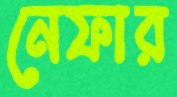
নেফার